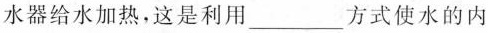
水器给水加热，这是利用___方式使水的内